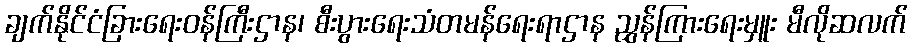
ချက်နိုင်ငံခြားရေးဝန်ကြီးဌာန၊ စီးပွားရေးသံတမန်ရေးရာဌာန ညွှန်ကြားရေးမှူး မီလိုဆလက်